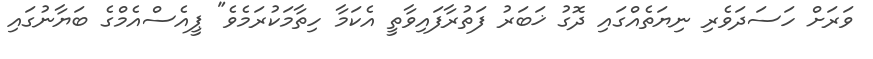
ވަރަށް ހަސަދަވެރި ނިޔަތެއްގައި ދޮގު ޚަބަރު ފަތުރާފައިވާތީ އެކަމާ ހިތާމަކުރަމެވެ" ޕީއެސްއެމްގެ ބަޔާނުގައި